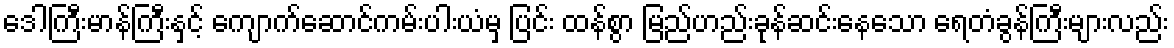
ဒေါကြီးမာန်ကြီးနှင့် ကျောက်ဆောင်ကမ်းပါးယံမှ ပြင်း ထန်စွာ မြည်ဟည်းခုန်ဆင်းနေသော ရေတံခွန်ကြီးများလည်း